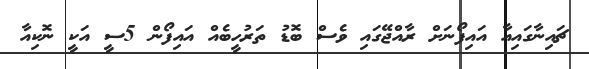
ޗައިނާގައިއާ އައިފޯނަށް ރާއްޖޭގައި ވެސް ބޮޑު ތަރުހީބެއް އައިފޯން 5ސީ އަކީ ނޮކިއާ